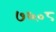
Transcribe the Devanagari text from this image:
७६०८